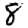
Digit: 8